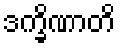
ဒက္ခိဏာတိ